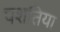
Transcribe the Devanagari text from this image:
पशतिया